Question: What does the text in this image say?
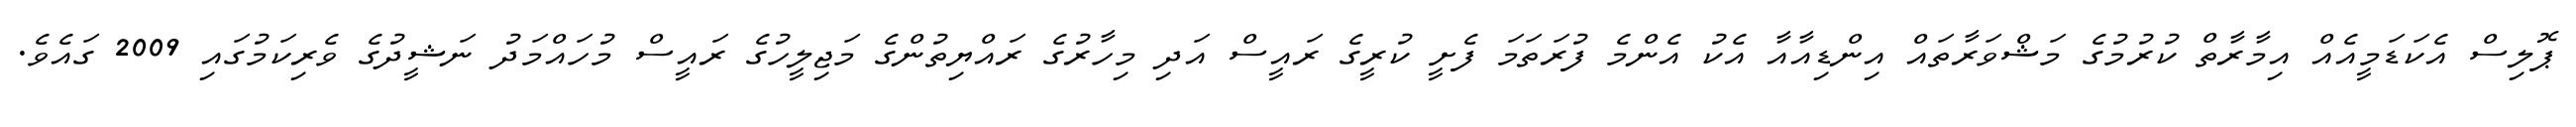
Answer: ޕޮލިސް އެކަޑަމީއެއް އިމާރާތް ކުރުމުގެ މަޝްވަރާތައް އިންޑިއާއާ އެކު އެންމެ ފުރަތަމަ ފެށީ ކުރީގެ ރައީސް އަދި މިހާރުގެ ރައްޔިތުންގެ މަޖިލީހުގެ ރައީސް މުހައްމަދު ނަޝީދުގެ ވެރިކަމުގައި 2009 ގައެވެ.